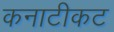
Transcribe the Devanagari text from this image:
कनाटीकट